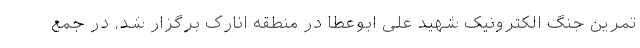
تمرین جنگ الکترونیک شهید علی ابوعطا در منطقه انارک برگزار شد، در جمع